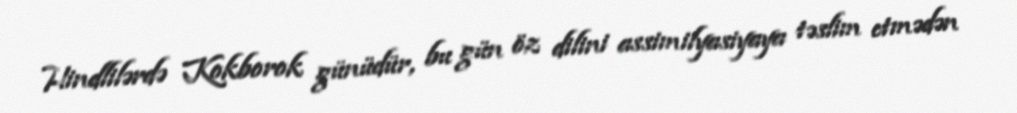
Hindlilərdə Kokborok günüdür, bu gün öz dilini assimilyasiyaya təslim etmədən